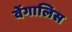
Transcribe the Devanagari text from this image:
वेंगालिस